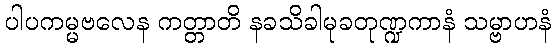
ပါပကမ္မဗလေန ကတ္တာတိ နခသိခါမုခတုဏ္ဍကာနံ သမ္ဗာဟနံ